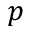
p